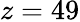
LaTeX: z=49